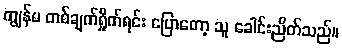
ကျွန်မ တစ်ချက်ရှိုက်ရင်း ပြောတော့ သူ ခေါင်းညိတ်သည်။